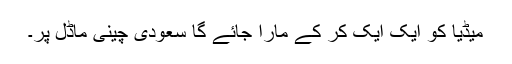
میڈیا کو ایک ایک کر کے مارا جائے گا سعودی چینی ماڈل پر۔